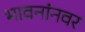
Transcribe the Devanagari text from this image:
भावनांनवर